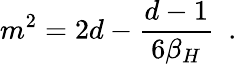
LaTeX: m^{2}=2d-{\frac{d-1}{6\beta_{H}}}~~.